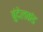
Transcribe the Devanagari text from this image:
बुंदेलकंड